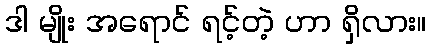
ဒါ မျိုး အရောင် ရင့်တဲ့ ဟာ ရှိလား။